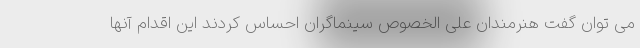
می توان گفت هنرمندان علی الخصوص سینماگران احساس کردند این اقدام آنها